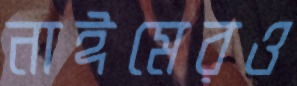
নাঈমেরও